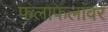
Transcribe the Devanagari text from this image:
फलाफलांवर